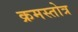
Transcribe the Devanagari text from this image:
क्रमस्तोत्र